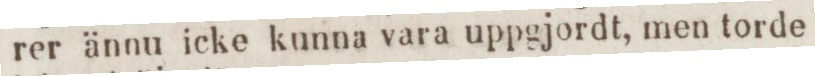
rer ännu icke kunna vara uppgjordt, men torde